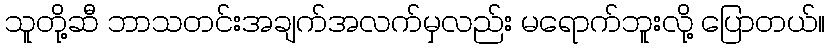
သူတို့ဆီ ဘာသတင်းအချက်အလက်မှလည်း မရောက်ဘူးလို့ ပြောတယ်။